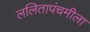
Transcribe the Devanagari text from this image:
ललितापंचमीला